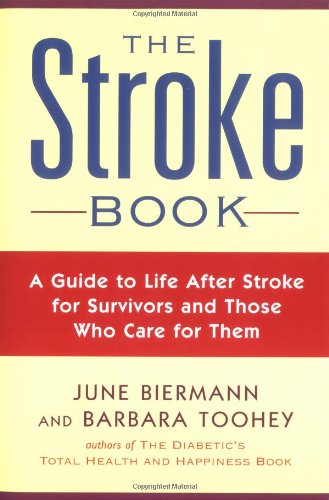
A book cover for The Stroke Book; June Biermann; Health, Fitness & Dieting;